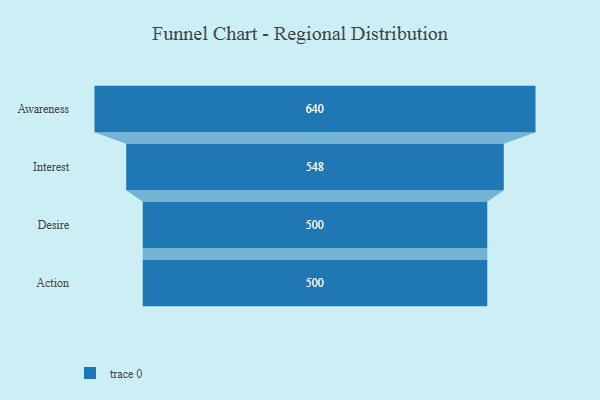
{"axis": {"x": "Stage", "y": "Value"}, "legend": [""], "data": [{"x": "Awareness", "y": 640.0, "type": ""}, {"x": "Interest", "y": 548.0, "type": ""}, {"x": "Desire", "y": 500, "type": ""}, {"x": "Action", "y": 500, "type": ""}]}